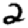
Digit: 2